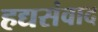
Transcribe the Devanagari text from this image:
हद्यसंवाद